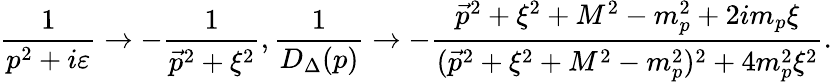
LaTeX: \frac{1}{p^{2}+i\varepsilon}\rightarrow-\frac{1}{\vec{p}^{2}+\xi^{2}},\frac{1}{D_{\Delta}(p)}\rightarrow-\frac{\vec{p}^{2}+\xi^{2}+M^{2}-m_{p}^{2}+2im_{p}\xi}{(\vec{p}^{2}+\xi^{2}+M^{2}-m_{p}^{2})^{2}+4m_{p}^{2}\xi^{2}}.